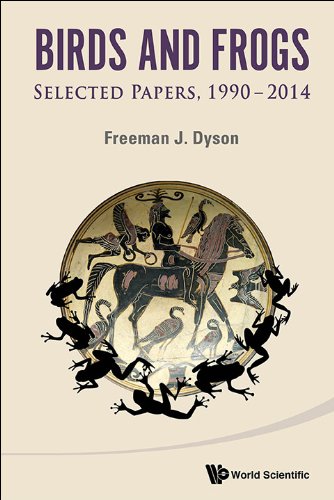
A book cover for Birds and Frogs: Selected Papers, 1990 2014; Freeman J Dyson; Science & Math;